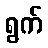
ရွက်